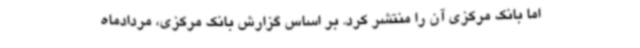
اما بانک مرکزی آن را منتشر کرد. بر اساس گزارش بانک مرکزی، مردادماه